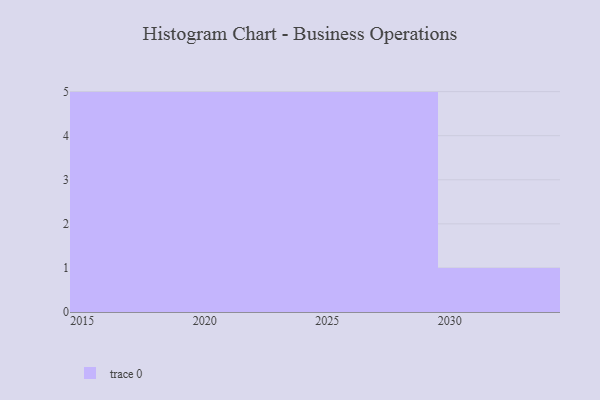
{"axis": {"x": "Year", "y": "Headcount"}, "legend": [""], "data": [{"x": "2023", "y": 24, "type": ""}, {"x": "2029", "y": 98, "type": ""}, {"x": "2021", "y": 43, "type": ""}, {"x": "2019", "y": 38, "type": ""}, {"x": "2027", "y": 62, "type": ""}, {"x": "2015", "y": 22, "type": ""}, {"x": "2026", "y": 33, "type": ""}, {"x": "2017", "y": 8, "type": ""}, {"x": "2028", "y": 45, "type": ""}, {"x": "2018", "y": 5, "type": ""}, {"x": "2016", "y": 65, "type": ""}, {"x": "2030", "y": 41, "type": ""}, {"x": "2022", "y": 19, "type": ""}, {"x": "2020", "y": 64, "type": ""}, {"x": "2024", "y": 100, "type": ""}, {"x": "2025", "y": 80, "type": ""}]}